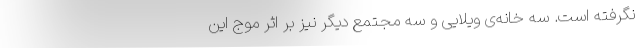
نگرفته است. سه خانه‌ی ویلایی و سه مجتمعِ دیگر نیز بر اثر موجِ این